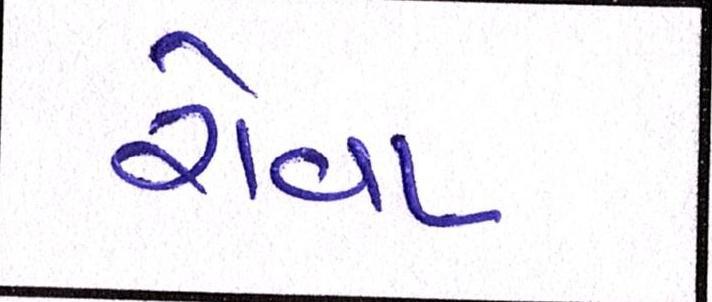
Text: રોવા